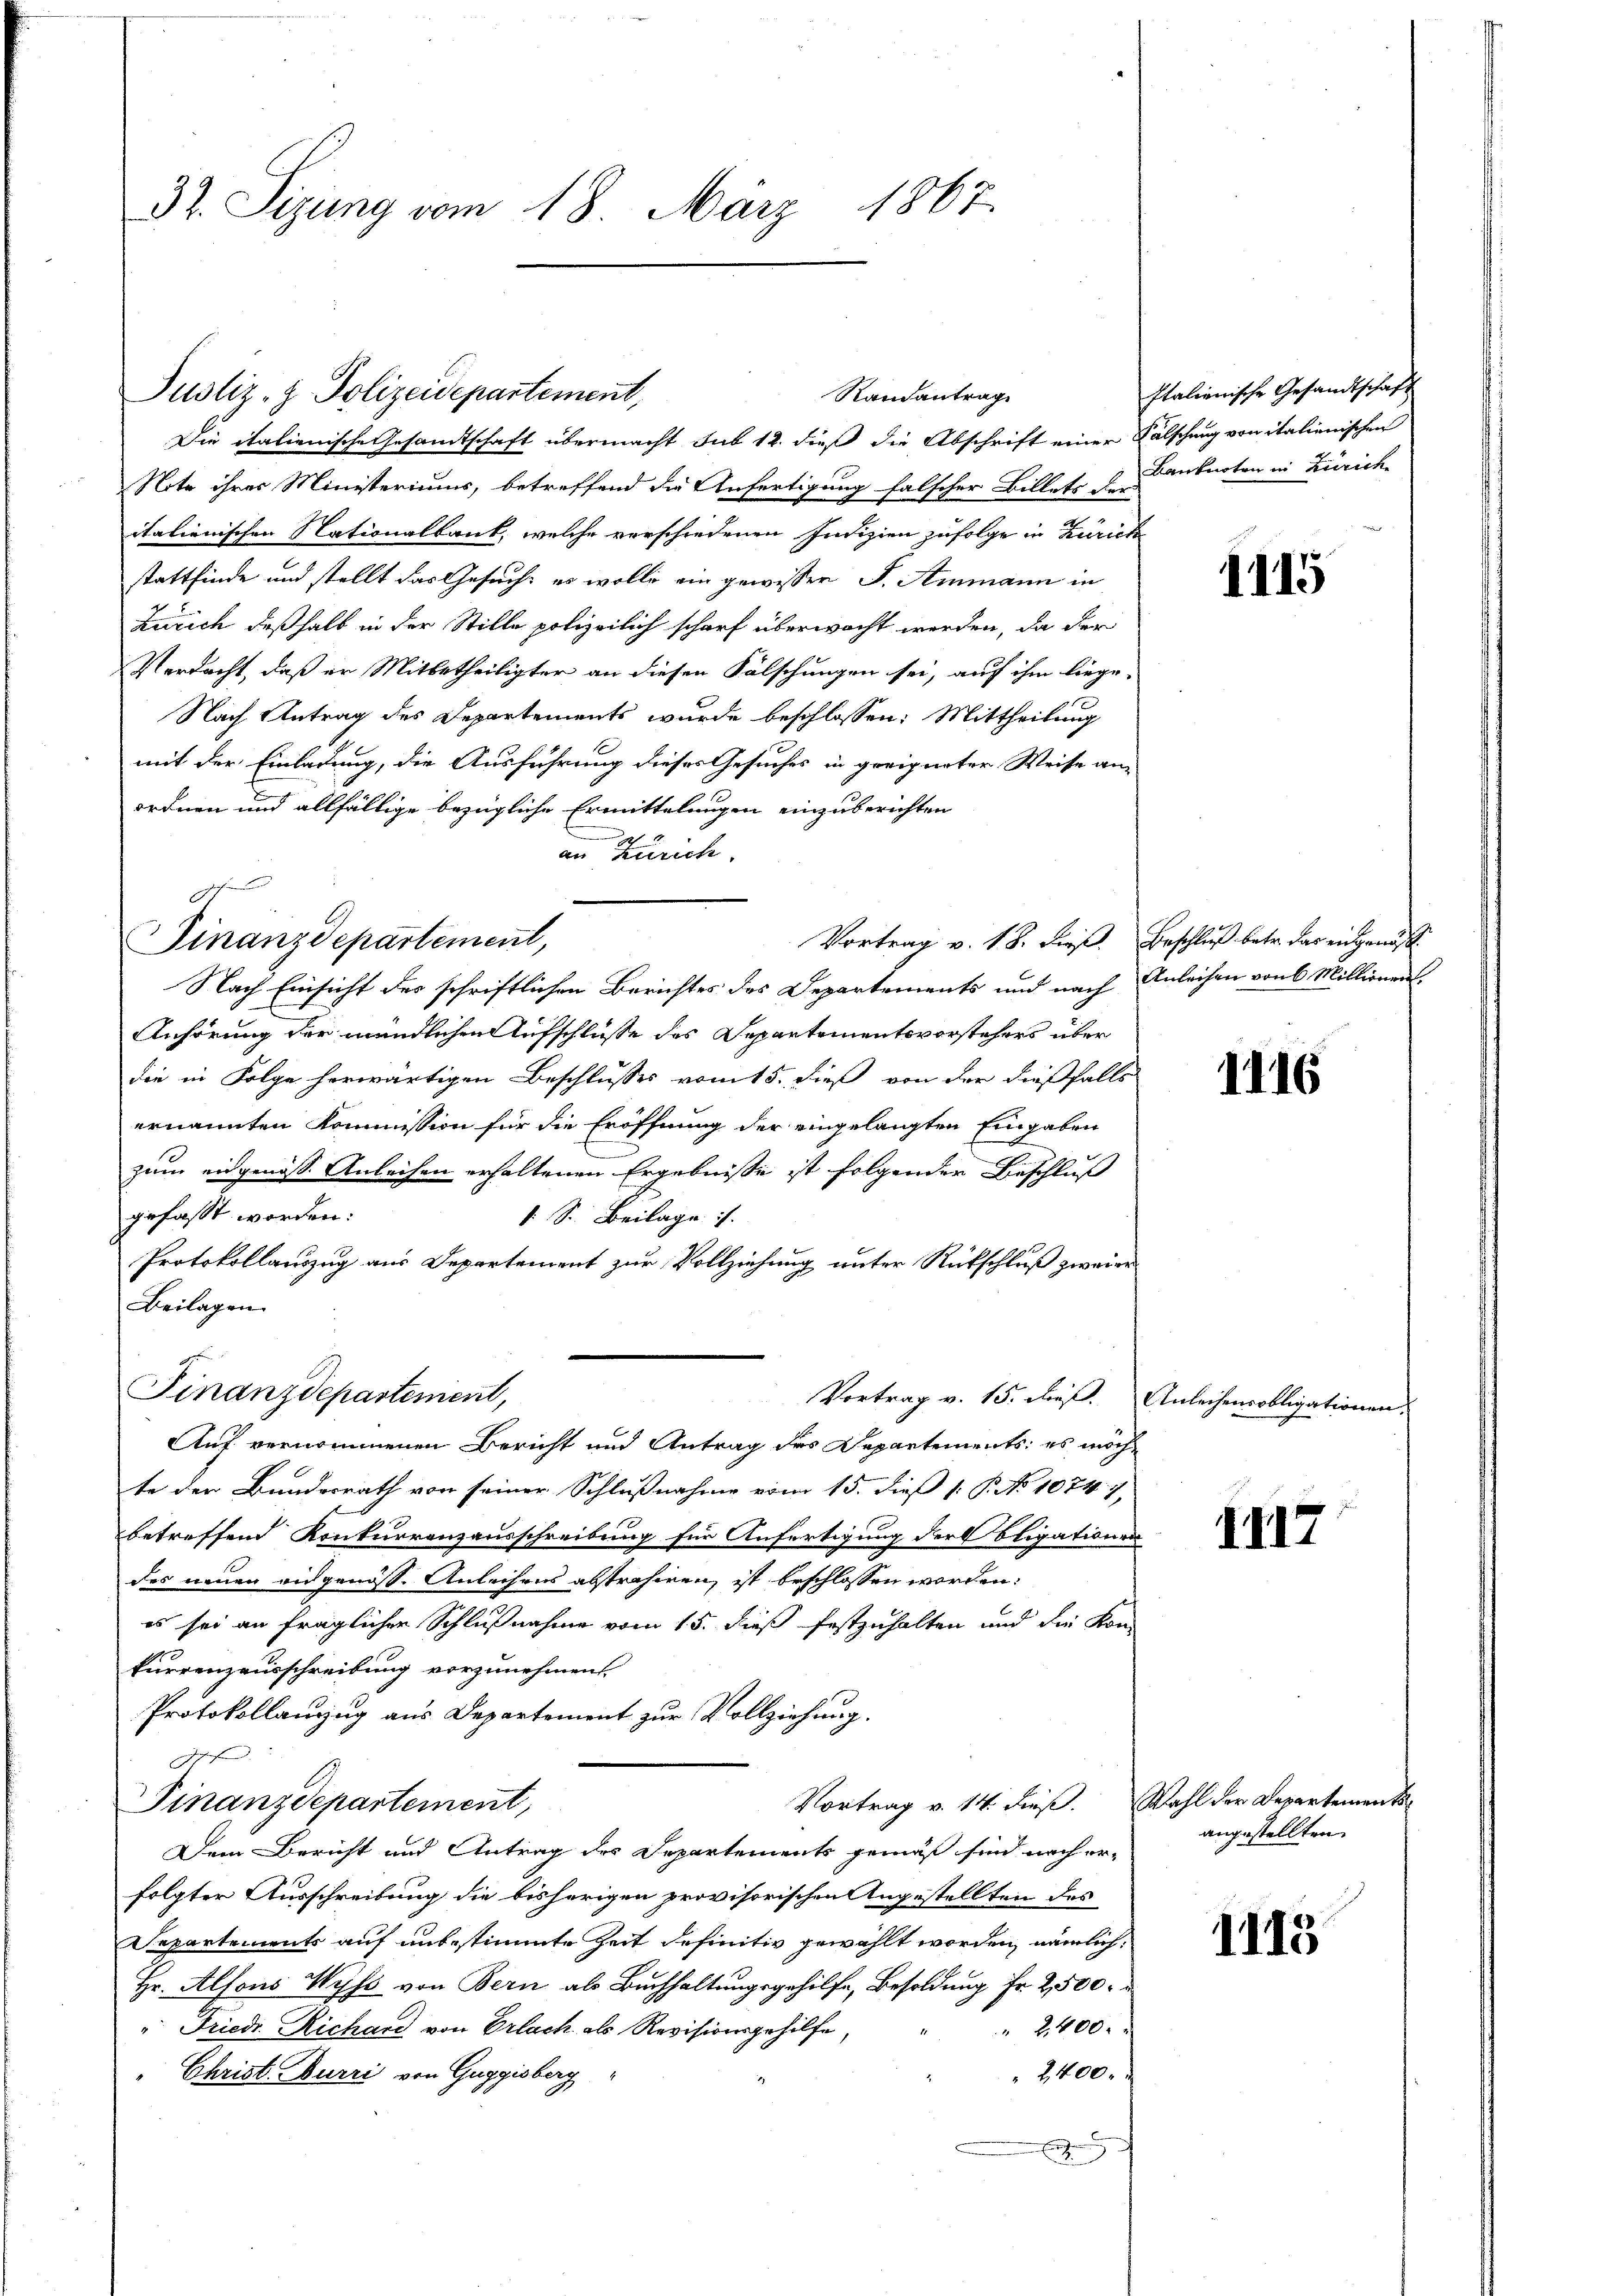
32. Sizung vom 18. März 1867.

Justiz- & Polizeidepartement,

g

Die italienische Gesandtschaft übermacht sub 12. dieß die Abschrift einer Falschung von italienischen
Note ihres Ministeriums, betreffend die Anfertigung falscher Billets unbarten in Zürich
italienischen Nationalbank, welche verschiedenen Indizien zufolge in Zürich
stattfinde und stellt das Gesucht es wolle ein gewisser S. Ammann in
Zürich deßhalb in der Stille polizeilich scharf überwacht werden, da der
Verdacht, daß er Mitbetheiligter an diesen Fälschungen sei, auch ihm liege-
Nach Antrag des Departements wurde beschlossen: Mittheilung
mit der Einladung, die Ausführung dieses Gesuches in greigneter Weise an-
ordnen und allfällige bezügliche Ermittelungen einzuberichten
an Zürich.
Finanzdepartement,
Nach Einsicht des schriftlichen Berichtes des Departements und nach Anleihen von 6 Millionent-
Anhörung der mündlichen Aufschlüsse des Separtementsvorstehers über
die in Folge herwärtigen Beschlusses vom 15. dieß von der dießfalls
ernannten Kommission für die Eröffnung der eingelangten Eingaben
zum eidgenosse Anleihen erhaltenen Ergebnisse ist folgenden Beschluß
gefaßt worden:
1 S. Beilage. |
Protokollauszug aus Departement zur Vollziehung unter Rückschluß zweier
Beilagen.
Finanzdepartement,
Vortrag v. 15. dieß. Anleihensobligationen.
Auf vernommenen Bericht und Antrag des Departements: es möchte der Bundesrath von seiner Schlußnahme vom 15. dieß 1: P. No 10747,
betreffend Konkurrenzausschreibung für Anfertigung der Oligationen
des neuen eidgenöss. Anleihens abstrahiren, ist beschlossen worden:
es sei an fraglicher Schlußnahme vom 15. dieß festzuhalten und die Kon-
kurrenzausschreibung vorzunehmen.
Protokollanzug aus Departement zur Vollziehung.
ge
Vortrag v. 14. dieß. Wahl der Departements
Finanzdepartement,
Dem Bericht und Antrag des Departements gemäß sind nach er-
folgter Ausschreibung die bisherigen provisorischen Angestellten des
Separtements auf unbestimmte Zeit definitiv gewählt worden, nämlich
Hr. Alfons Wyss von Bern als Buchhaltungsgehilfe, Besoldung Fr. 2500.
" 2400.
" Friedr. Richard von Erlach als Revisionsgehilfe,
2400.
 Christ. Nurri von Guggisberg

Randantrag

Italienische Gesandtschaft

1115

Vortrag v. 18. dieß. Beschluß betr. das eidgenöss

1116

1117

angestellten.

1113